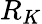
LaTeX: R_{K}